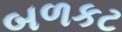
બળકટ